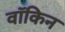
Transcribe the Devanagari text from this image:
वॉकिन